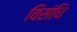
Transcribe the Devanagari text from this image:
विसंधि